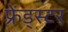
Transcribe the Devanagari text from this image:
फ़्रेंड्स्टर